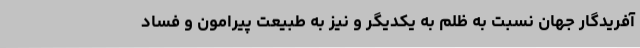
آفریدگار جهان نسبت به ظلم به یکدیگر و نیز به طبیعت پیرامون و فساد